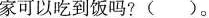
家可以吃到饭吗?( )。